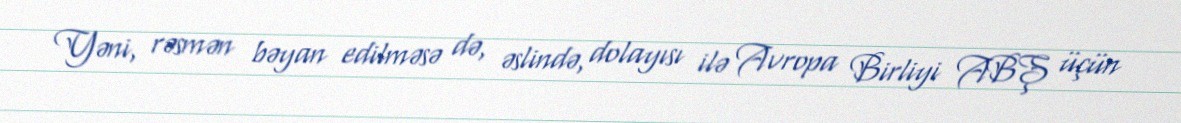
Yəni, rəsmən bəyan edilməsə də, əslində, dolayısı ilə Avropa Birliyi ABŞ üçün